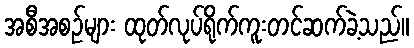
အစီအစဉ်များ ထုတ်လုပ်ရိုက်ကူးတင်ဆက်ခဲ့သည်။